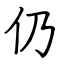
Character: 仍